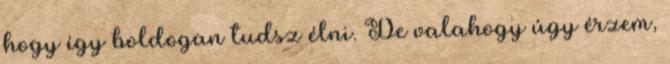
hogy így boldogan tudsz élni. De valahogy úgy érzem,